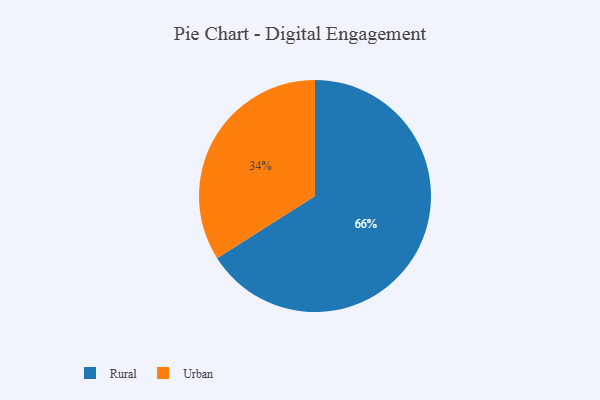
{"axis": {"x": "Category", "y": "Percentage"}, "legend": ["Rural", "Urban"], "data": [{"x": "Urban", "y": 34, "type": "Urban"}, {"x": "Rural", "y": 66, "type": "Rural"}]}